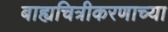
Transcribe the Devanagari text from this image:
बाह्यचित्रीकरणाच्या